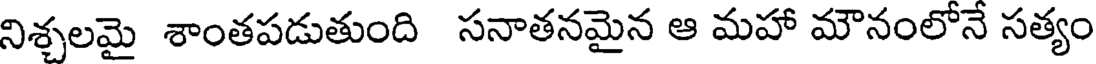
నిశ్చలమై శాంతపడుతుంది సనాతనమైన ఆ మహా మౌనంలోనే సత్యం